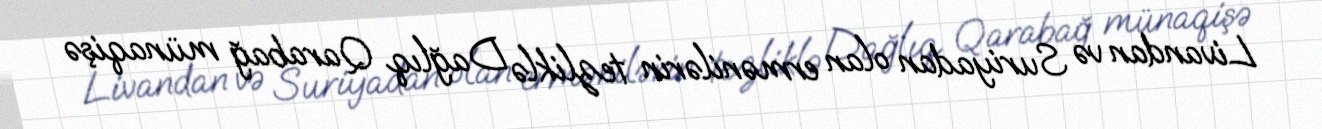
Livandan və Suriyadan olan ermənilərin tezliklə Dağlıq Qarabağ münaqişə